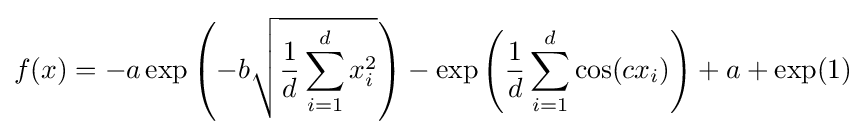
f(x)=-a\exp \left(-b{\sqrt {{\frac {1}{d}}\sum _{i=1}^{d}x_{i}^{2}}}\right)-\exp \left({\frac {1}{d}}\sum _{i=1}^{d}\cos(cx_{i})\right)+a+\exp(1)